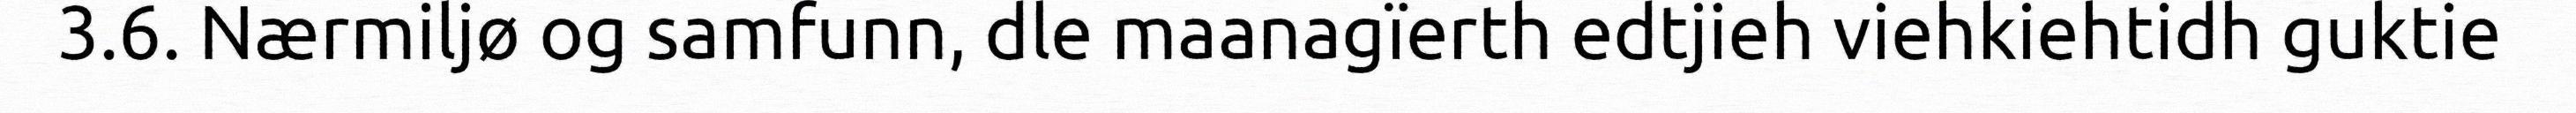
3.6. Nærmiljø og samfunn, dle maanagïerth edtjieh viehkiehtidh guktie